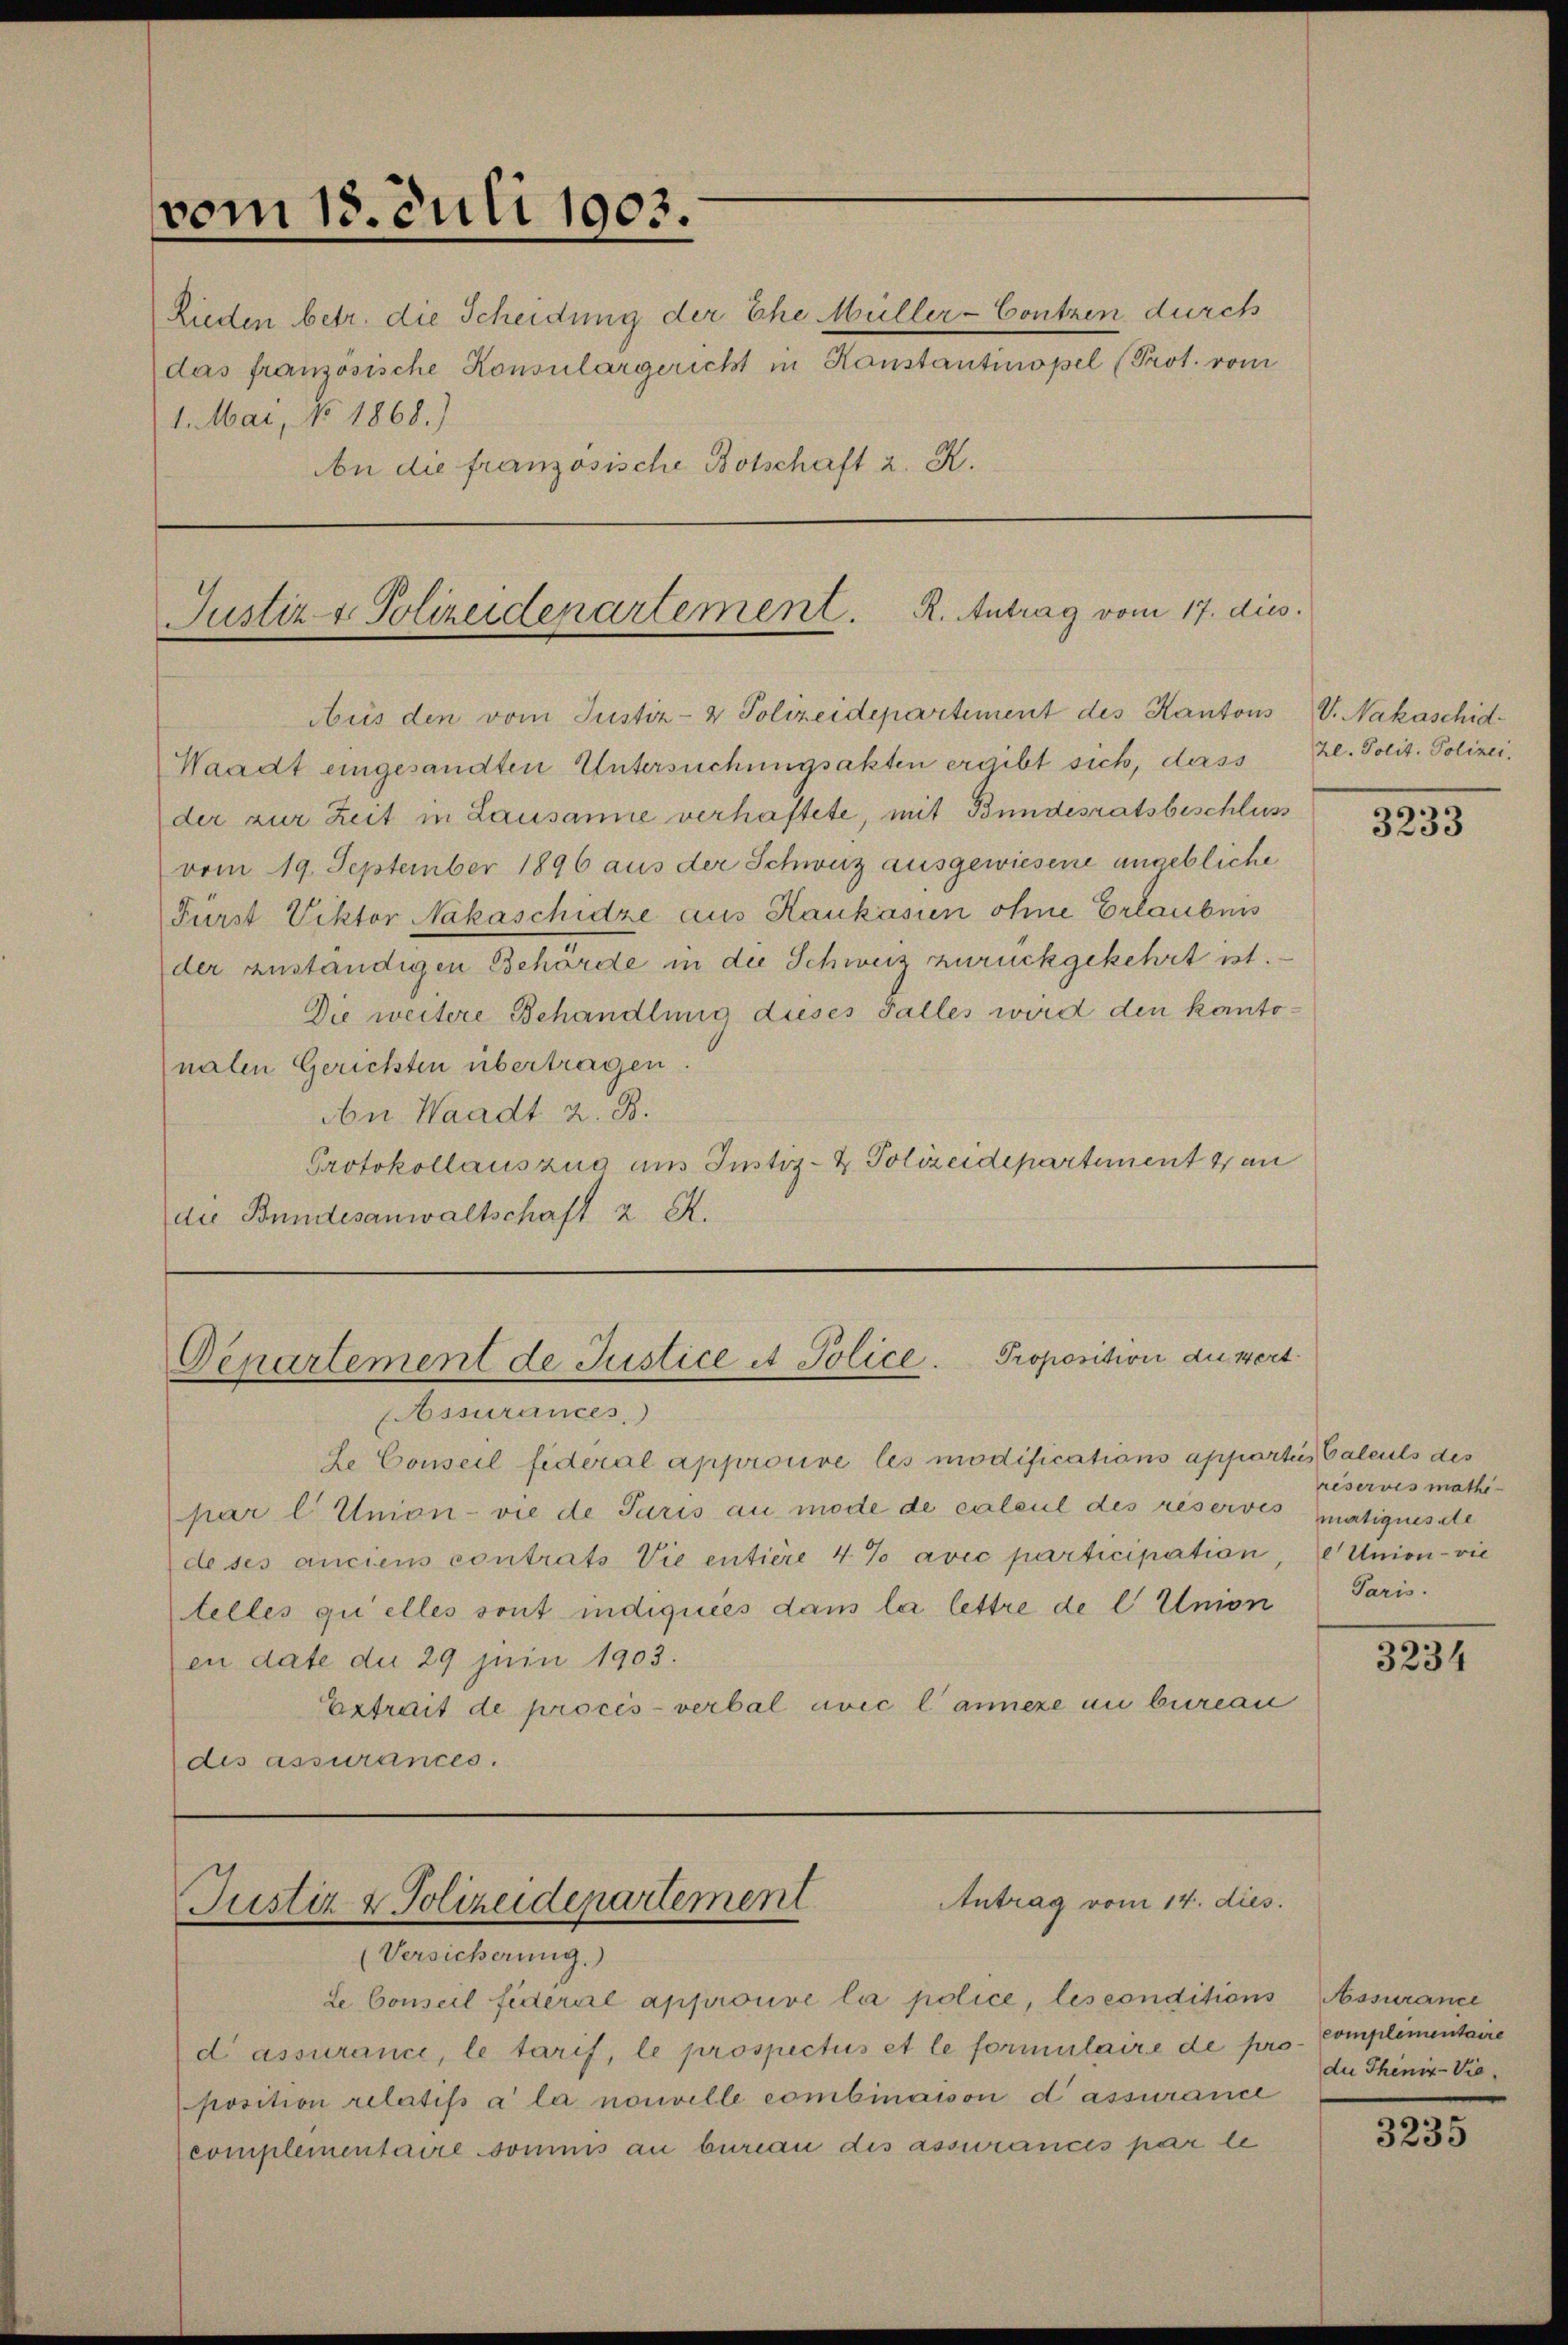
vom 18. Juli 1903.
Rieden betr. die Scheidung der Ehe Müller-Contzen durch
das französische Konsulargericht in Konstantinopel (Prot. vom
1. Mai, No 1868.)
bn die französische Botschaft 2. K.

Justiz & Polizeidenartement. R. Antrag vom 17. dies.

Aus den vom Justiz- & Polizeidepartement des Kantons
Waadt eingesandten Untersuchungsakten ergibt sich, dass
der zur Zeit in Lausanne verhaftete, mit Bundesratsbeschluss
vom 19. September 1896 aus der Schweiz ausgewiesene angebliche
Fürst Viktor Nakaschidze aus Kaukasien ohne Erlaubnis
der zuständigen Behörde in der Schweiz zurückgekehrt ist.
Die weitere Behandlung dieses Falles wird den kanto-
nalen Gerichten übertragen.
An Waadt z. B.
Protokollauszug aus Justiz- & Polizeidepartement 2 an
die Bundesanwaltschaft 2 R.

Departement de Justice et Police. Proposition du wert.

Assurances.)
Le Conseil fédéral approuve les modifications appartei Calculs des
par l. Union- vie de Paris au mode de calcul des réservés matiques de
de ses anciens contrats Vie entière 4 % avec participation, Union- vie
telles quelles sont indiquées dans la lettre de l Union Paris.
en date du 29 Juin 1903.
Extrait de procès-verbal avec l’annexe im bureau
des assurances.

Antrag vom 14. dies
Justiz & Polizeidepartement

V. Nakaschid-
zl. Polit. Polizei.

(Versicherung.
de Conseil fideral approuve la police, les conditions Assurance
d assurance, le tarif, le prospectus et le formulaire de p
position relatifs à la nouvelle combinaison d’assurance
complementaire sominis an bureau des assurances par le

3233

reservis mathe

3234

no- Complementaire
du Theniz-Vie

3235